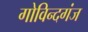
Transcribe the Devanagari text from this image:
गोविन्‍दगंज